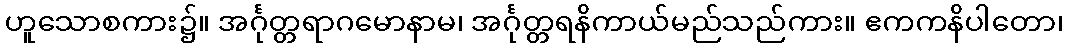
ဟူသောစကား၌။ အင်္ဂုတ္တရာဂမောနာမ၊ အင်္ဂုတ္တရနိကာယ်မည်သည်ကား။ ဧကကနိပါတော၊